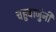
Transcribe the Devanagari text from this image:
चहुबाजुंनी